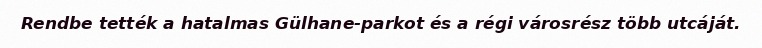
Rendbe tették a hatalmas Gülhane-parkot és a régi városrész több utcáját.